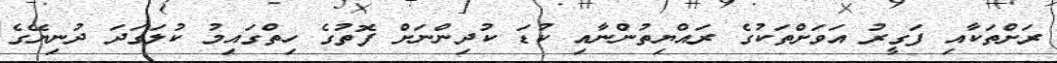
ރަށްތަކާއި ފަގީރު އަވަށްތަކުގެ ރައްޔިތުންނާއި ކުޑަ ކުދިންނަށް ފޮތުގެ ހިތްގައިމު ކުލަގަދަ ދުނިޔޭގެ